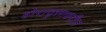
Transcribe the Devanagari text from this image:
होरावृत्तावरील